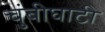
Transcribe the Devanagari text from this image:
चुंबीघाटी